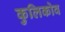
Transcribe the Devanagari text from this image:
कुलिकोव